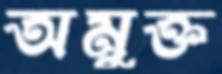
অমুক্ত